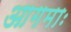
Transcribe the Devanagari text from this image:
आगमाः